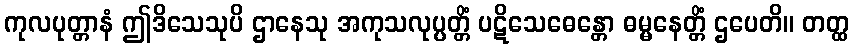
ကုလပုတ္တာနံ ဤဒိသေသုပိ ဌာနေသု အကုသလုပ္ပတ္တိံ ပဋိသေဓေန္တော ဓမ္မနေတ္တိံ ဌပေတိ။ တတ္ထ